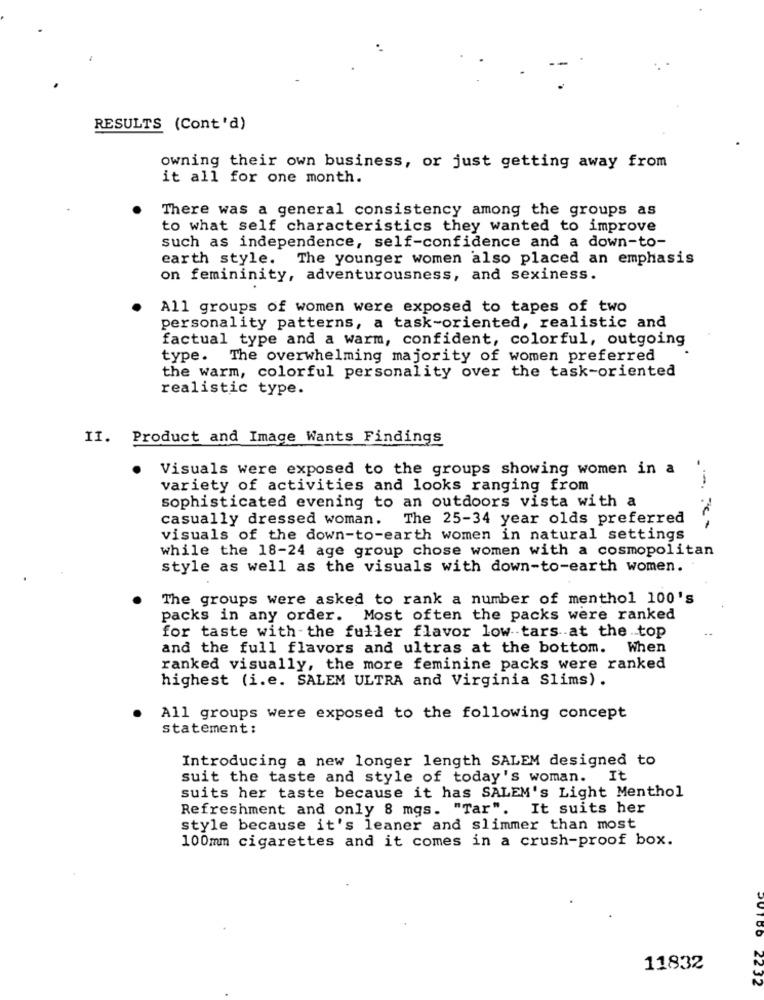
RESULTS (Cont'd)
owning their own business, or just getting away from
it all for one month.
There was a general consistency among the groups as
to what self characteristics they wanted to improve
such as independence, self-confidence and a down-to-
earth style. The younger women also placed an emphasis
on femininity, adventurousness, and sexiness.
All groups of women were exposed to tapes of two
personality patterns, a task-oriented, realistic and
factual type and a warm, confident, colorful, outgoing
type. The overwhelming majority of women preferred
the warm, colorful personality over the task-oriented
realistic type.
II. Product and Image Wants Findings
Visuals were exposed to the groups showing women in a
variety of activities and looks ranging from
sophisticated evening to an outdoors vista with a
casually dressed woman.
The 25-34 year olds preferred
visuals of the down-to-earth women in natural settings
while the 18-24 age group chose women with a cosmopolitan
style as well as the visuals with down-to-earth women.
The groups were asked to rank a number of menthol 100's
packs in any order. Most often the packs were ranked
for taste with the fuller flavor low tars at the top
and the full flavors and ultras at the bottom.
When
ranked visually, the more feminine packs were ranked
highest (i.e. SALEM ULTRA and Virginia Slims) .
All groups were exposed to the following concept
statement :
Introducing a new longer length SALEM designed to
suit the taste and style of today's woman.
It
suits her taste because it has SALEM's Light Menthol
Refreshment and only 8 mgs. "Tar". It suits her
style because it's leaner and slimmer than most
100mm cigarettes and it comes in a crush-proof box.
OUTDO
11832
2232